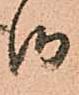
御